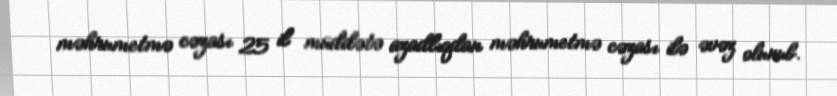
məhrumetmə cəzası 25 il müddətə azadlıqdan məhrumetmə cəzası ilə əvəz olunub.